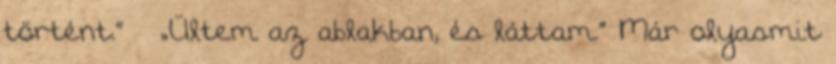
történt.” – „Ültem az ablakban, és láttam.” Már olyasmit